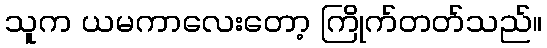
သူက ယမကာလေးတော့ ကြိုက်တတ်သည်။